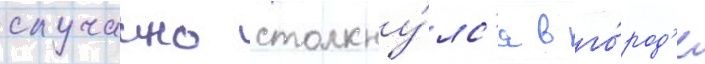
случаино столкну́лс'я в го́род'е